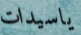
ياسيدات